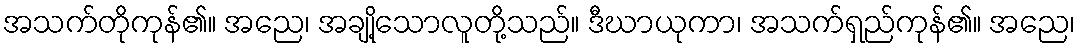
အသက်တိုကုန်၏။ အညေ၊ အချို့သောလူတို့သည်။ ဒီဃာယုကာ၊ အသက်ရှည်ကုန်၏။ အညေ၊